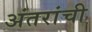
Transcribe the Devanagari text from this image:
अंतरांची